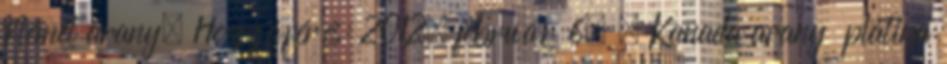
Német arany. Hozzáférés: 2012. február 6. ↑ Kanada arany platina